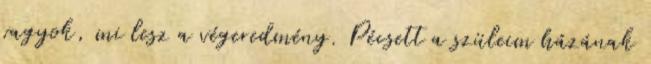
vagyok, mi lesz a végeredmény. Pécsett a szüleim házának